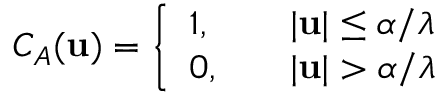
C _ { A } ( \mathbf { u } ) = \left\{ \begin{array} { l l } { 1 , \quad } & { | \mathbf { u } | \leq \alpha / \lambda } \\ { 0 , \quad } & { | \mathbf { u } | > \alpha / \lambda } \end{array} \right.